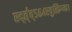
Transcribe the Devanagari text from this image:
स्द्त्॑व्५६४एवुत्किग्य्क।